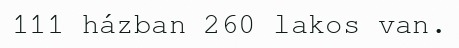
111 házban 260 lakos van.